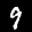
Label: 9